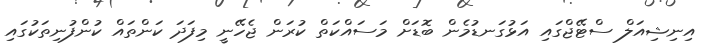
އިނިޝިއަލް ސްޓޭޖްގައި އަޅުގަނޑުމެން ބޮޑަށް މަސައްކަތް ކުރަން ޖެހޭނީ މިފަދަ ކަންތައް ކުންފުނިތަކުގައި